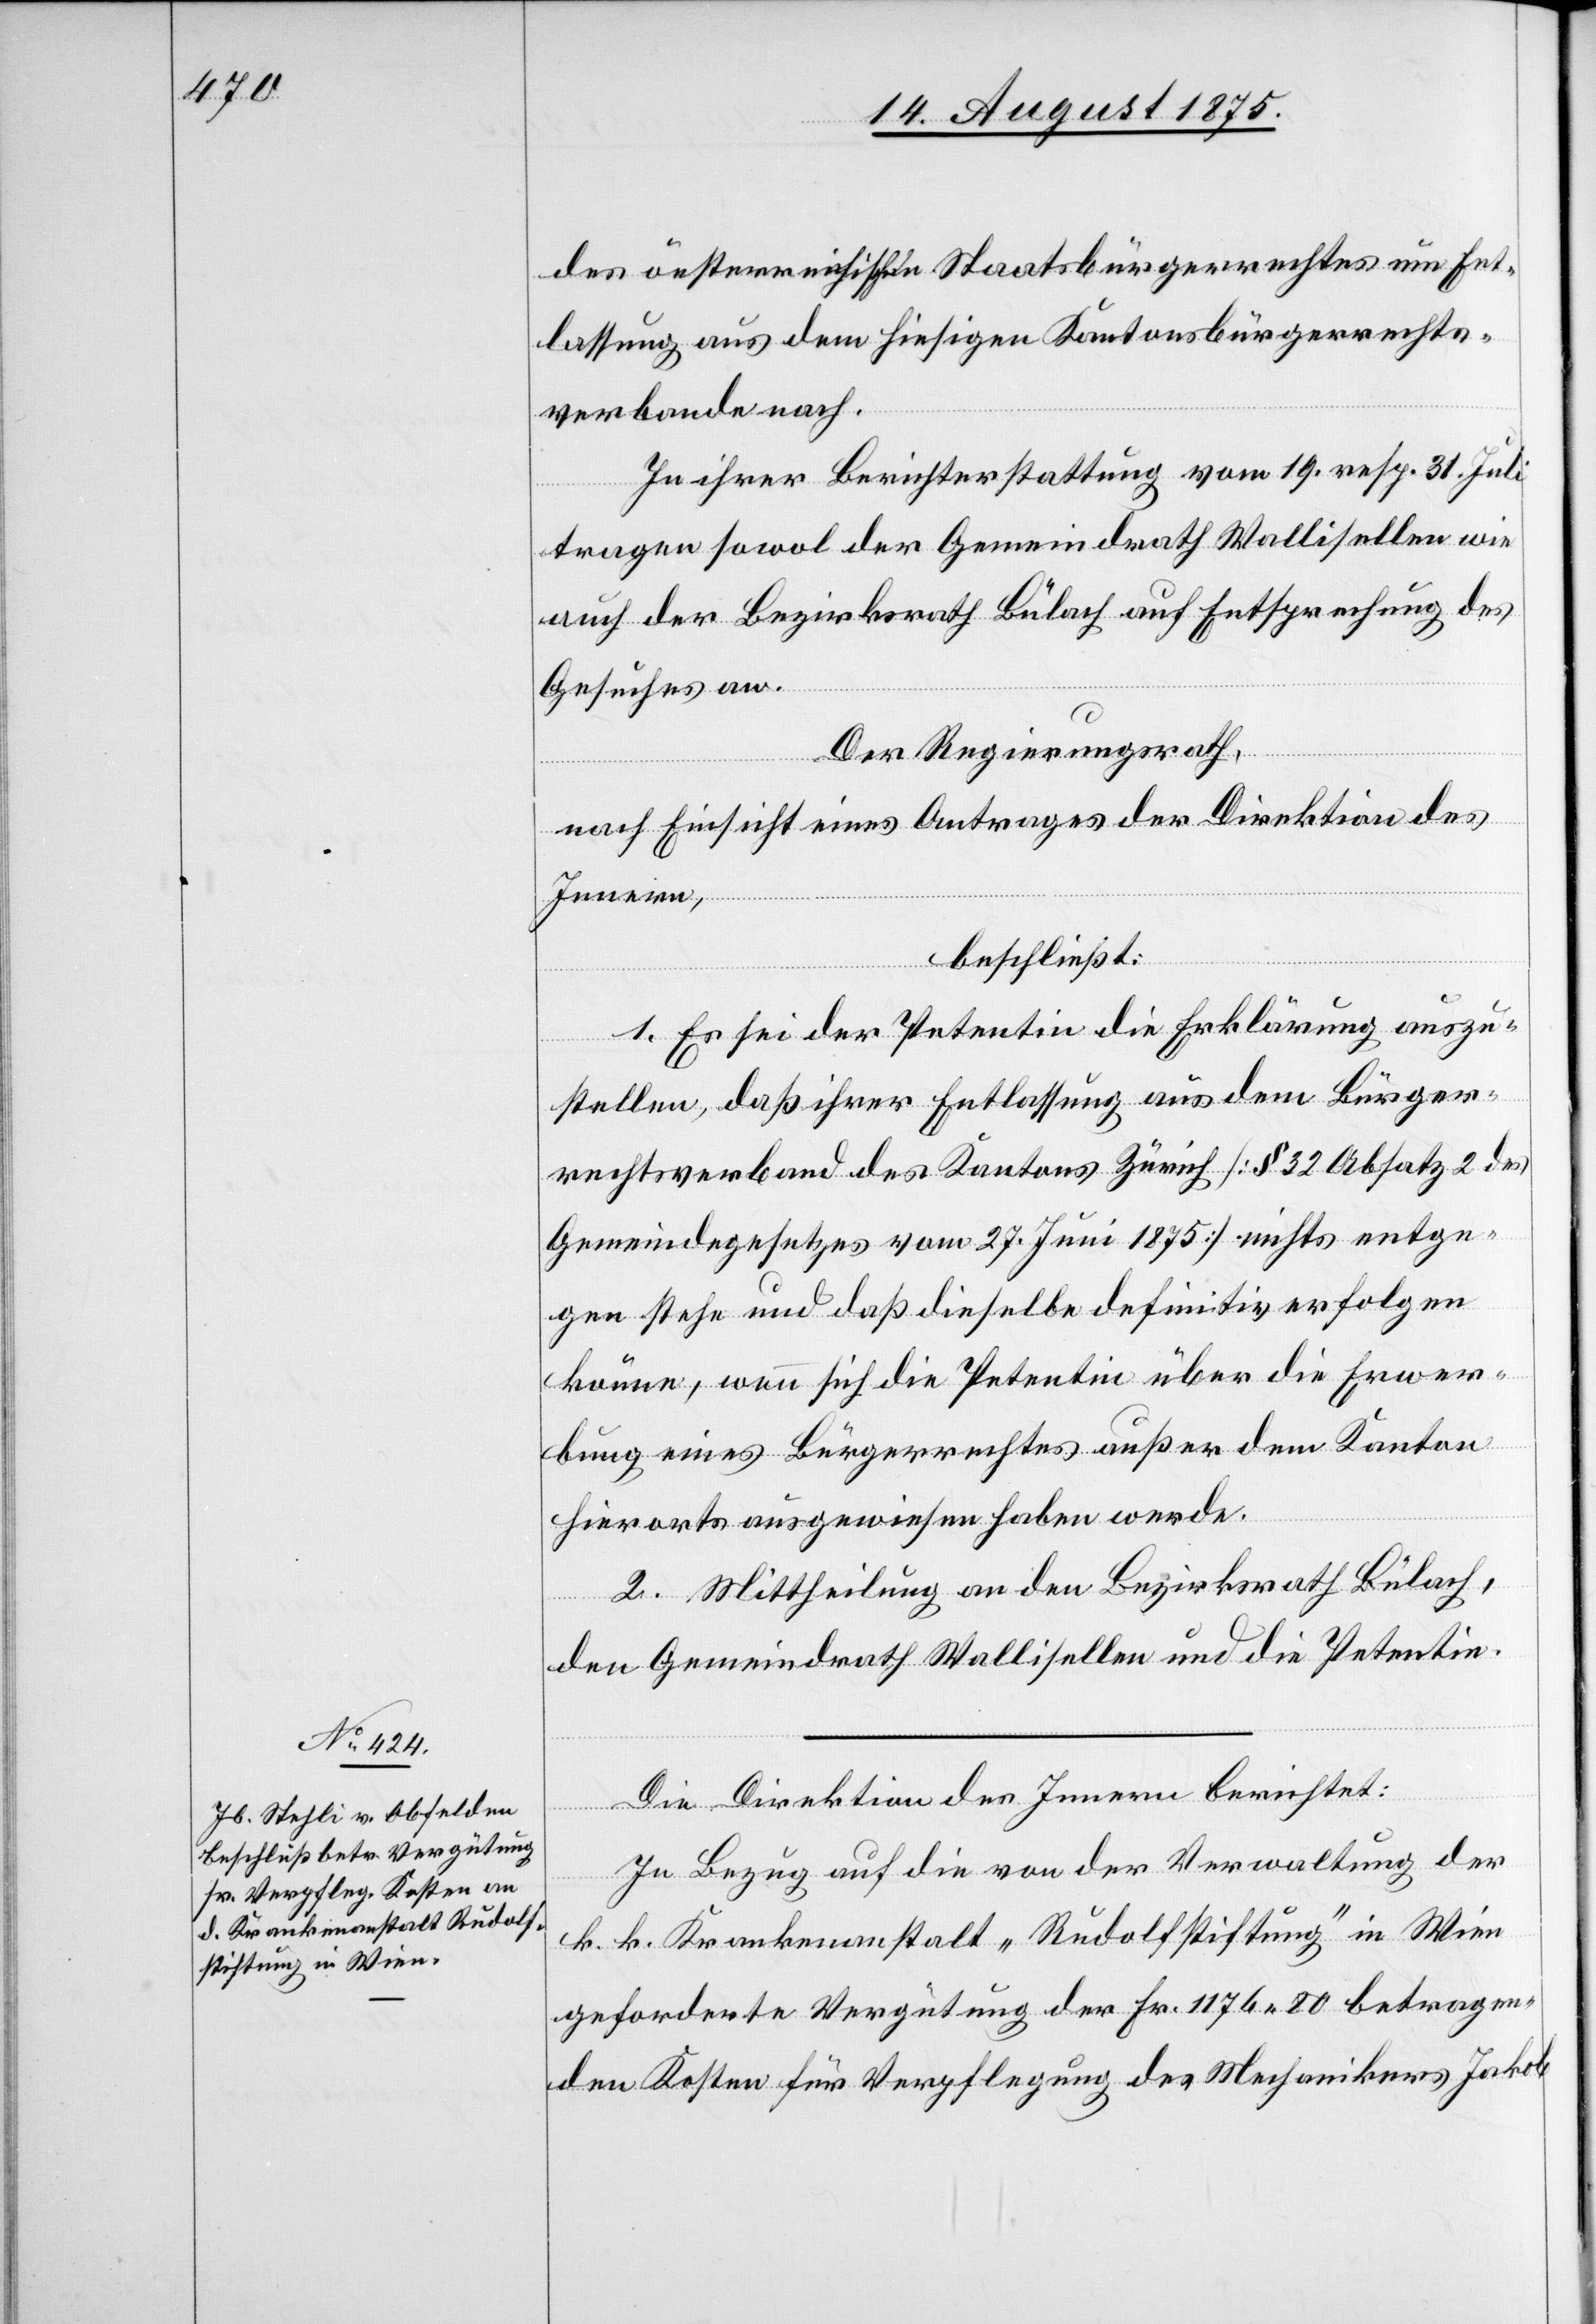
des österreichischen Staatsbürgerrechtes um Ent¬
lassung aus dem hiesigen Kantonsbürgerrechts¬
verbande nach.
In ihrer Berichterstattung vom 19. resp. 31. Juli
tragen sowol der Gemeindrath Wallisellen wie
auch der Bezirksrath Bülach auf Entsprechung des
Gesuches an.
Der Regierungsrath,
nach Einsicht eines Antrages der Direktion des
Innern,
beschließt:
1. Es sei der Petentin die Erklärung auszu¬
stellen, daß ihrer Entlassung aus dem Bürger¬
rechtsverbande des Kantons Zürich [§ 32 Absatz 2 des
Gemeindegesetzes vom 27. Juni 1875] nichts entge¬
gen stehe und daß dieselbe definitiv erfolgen
könne, wenn sich die Petentin über die Erwer¬
bung eines Bürgerrechtes außer dem Kanton
hierorts ausgewiesen haben werde.
2. Mittheilung an den Bezirksrath Bülach,
der Gemeindrath Wallisellen und die Petentin.
Die Direktion des Innern berichtet:
In Bezug auf die von der Verwaltung der
k. k. Krankenanstalt „Rudolfstiftung“ in Wien
geforderte Vergütung der Fr. 1176 80 betragen¬
den Kosten für Verpflegung des Mechanikers Jakob